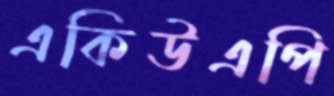
একিউএপি